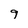
Character: 9